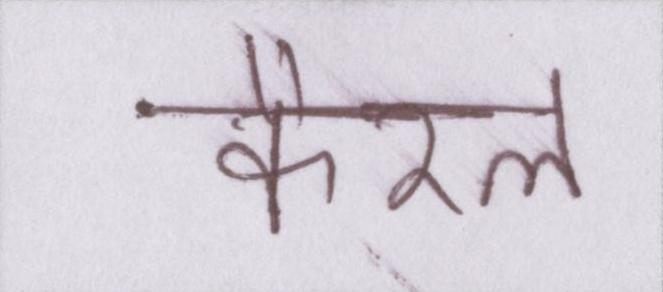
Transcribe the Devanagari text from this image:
कैरल